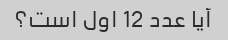
آیا عدد 12 اول است؟